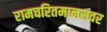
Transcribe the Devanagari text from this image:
रामचरितमानसवर